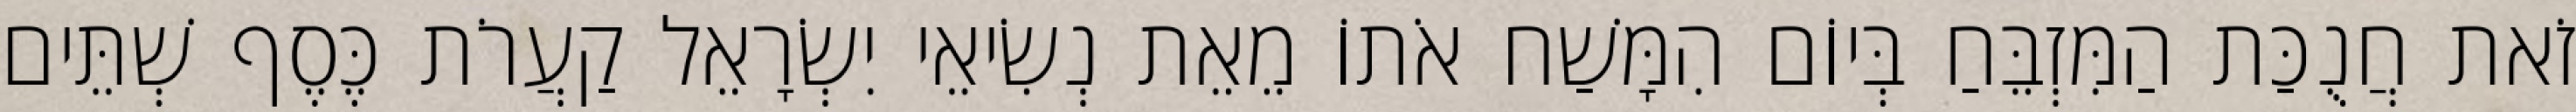
זֹאת חֲנֻכַּת הַמִּזְבֵּחַ בְּיוֹם הִמָּשַׁח אֹתוֹ מֵאֵת נְשִׂיאֵי יִשְׂרָאֵל קַעֲרֹת כֶּסֶף שְׁתֵּים